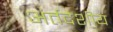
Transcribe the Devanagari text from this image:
अंर्तदेशीय